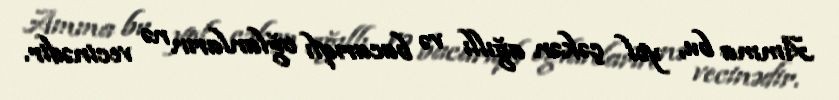
Amma bu, yol çəkən ağıllı və bacarıqlı oğlanların nə vecinədir.